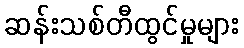
ဆန်းသစ်တီထွင်မှုများ